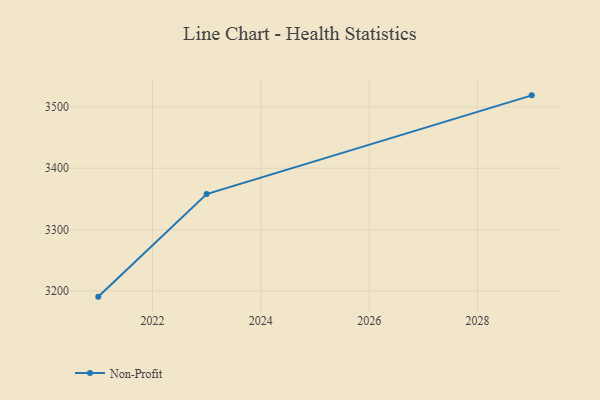
{"axis": {"x": "Year", "y": "Inventory Turnover"}, "legend": ["Non-Profit"], "data": [{"x": "2021", "y": 3190.9, "type": "Non-Profit"}, {"x": "2023", "y": 3357.9, "type": "Non-Profit"}, {"x": "2029", "y": 3518.7, "type": "Non-Profit"}]}